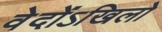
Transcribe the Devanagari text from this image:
वेदोंऽखिलो